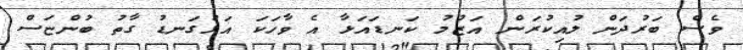
ވެސް ބަރުދަން ލުއިކުރަން އަޒުމު ކަނޑައަޅާ އެ ވާހަކަ އަޅުގަނޑު ގާތު ބުންޏަސް